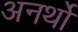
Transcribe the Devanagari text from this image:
अनर्थों